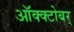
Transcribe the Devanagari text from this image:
ऑक्क्टोबर्